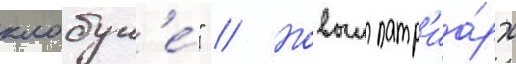
клобук'е́" // Новыи патр'иа́рх